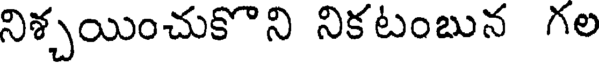
నిశ్చయించుకొని నికటంబున గల